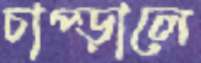
চাপ্‌ড়ালে